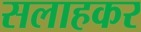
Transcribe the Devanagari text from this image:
सलाहकर